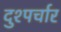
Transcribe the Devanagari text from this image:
दुश्पर्चार